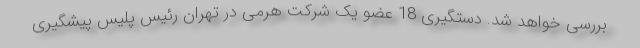
بررسی خواهد شد. دستگیری 18 عضو یک شرکت هرمی در تهران رئیس پلیس پیشگیری